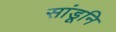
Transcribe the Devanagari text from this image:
सांडूनि